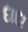
દાદા